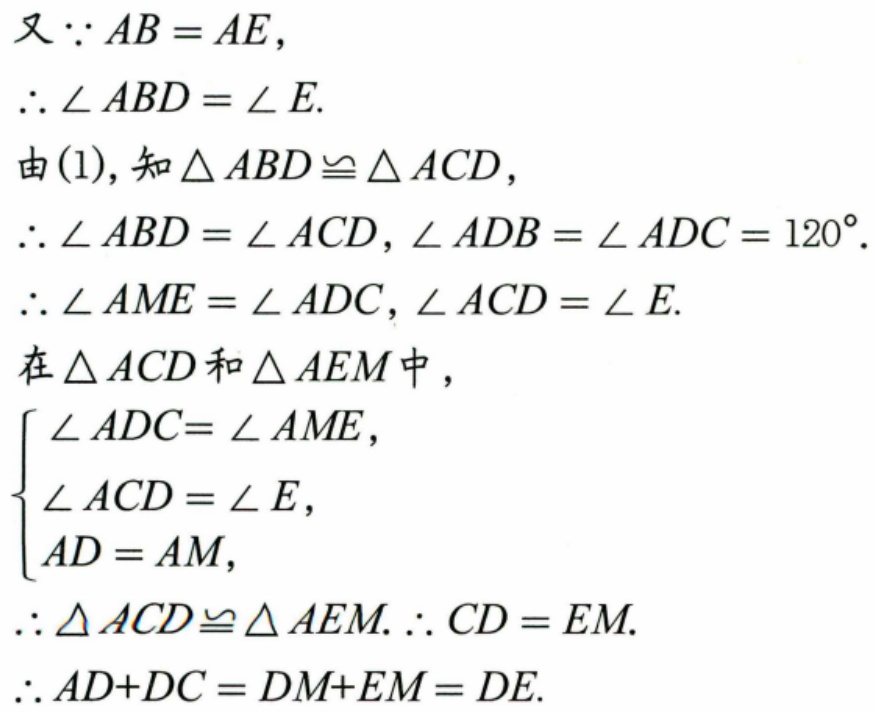
又 \(\because AB = AE\)，
\(\therefore \angle ABD=\angle E\).
由(1)，知 \(\triangle ABD\cong\triangle ACD\)，
\(\therefore \angle ABD=\angle ACD\)，\(\angle ADB=\angle ADC = 120^{\circ}\).
\(\therefore \angle AME=\angle ADC\)，\(\angle ACD=\angle E\).
在 \(\triangle ACD\) 和 \(\triangle AEM\) 中，
\(\begin{cases}
\angle ADC=\angle AME,\\
\angle ACD=\angle E,\\
AD = AM,
\end{cases}\)
\(\therefore \triangle ACD\cong\triangle AEM\). \(\therefore CD = EM\).
\(\therefore AD + DC=DM + EM=DE\).